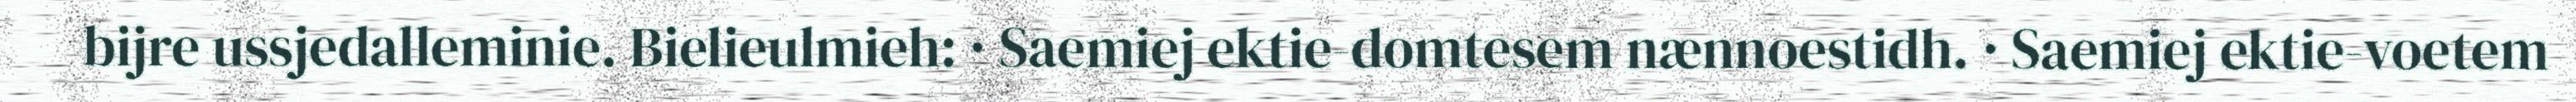
bijre ussjedalleminie. Bielieulmieh: · Saemiej ektie-domtesem nænnoestidh. · Saemiej ektie-voetem